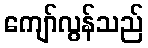
ကျော်လွန်သည်